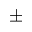
\pm